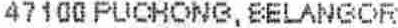
47100 PUCHONG, BELANGOR